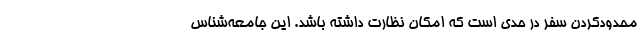
محدودکردن سفر در حدی است که امکان نظارت داشته باشد. این جامعه‌شناس